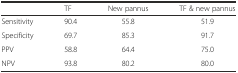
<table><thead><tr><td></td><td><b>TF</b></td><td><b>New pannus</b></td><td><b>TF &amp; new pannus</b></td></tr></thead><tbody><tr><td>Sensitivity</td><td>90.4</td><td>55.8</td><td>51.9</td></tr><tr><td>Specificity</td><td>69.7</td><td>85.3</td><td>91.7</td></tr><tr><td>PPV</td><td>58.8</td><td>64.4</td><td>75.0</td></tr><tr><td>NPV</td><td>93.8</td><td>80.2</td><td>80.0</td></tr></tbody></table>